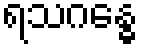
ရသဂန္ဓေ